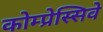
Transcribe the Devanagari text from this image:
कोम्प्रेस्सिवे